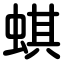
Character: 蜞